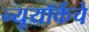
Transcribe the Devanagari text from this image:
न्यूयॉर्कचे